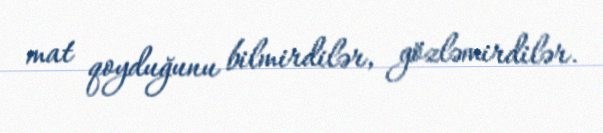
mat qoyduğunu bilmirdilər, gözləmirdilər.